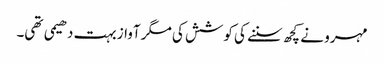
مہرو نے کچھ سننے کی کوشش کی مگر آواز بہت دھیمی تھی۔